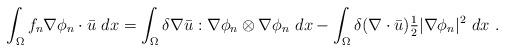
LaTeX: \begin{align*}\int_\Omega f_n \nabla \phi_n \cdot \bar u \ dx = \int_\Omega \delta \nabla \bar u : \nabla \phi_n \otimes \nabla \phi_n \ dx - \int_\Omega \delta (\nabla \cdot \bar u) \tfrac{1}{2}|\nabla \phi_n|^2 \ dx \ .\end{align*}